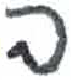
אות: ב